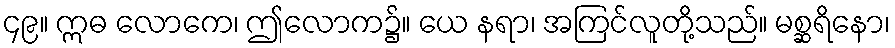
၄၉။ ဣဓ လောကေ၊ ဤလောက၌။ ယေ နရာ၊ အကြင်လူတို့သည်။ မစ္ဆရိနော၊